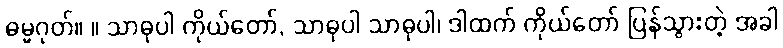
ဓမ္မဂုတ်။ ။ သာဓုပါ ကိုယ်တော်, သာဓုပါ သာဓုပါ၊ ဒါထက် ကိုယ်တော် ပြန်သွားတဲ့ အခါ